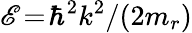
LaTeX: \mathscr{E}\! =\! \hbar^{2}k^{2}/(2m_{r})